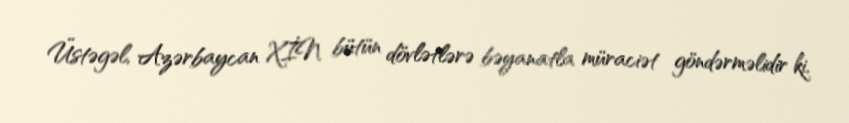
Üstəgəl, Azərbaycan XİN bütün dövlətlərə bəyanatla müraciət göndərməlidir ki,